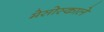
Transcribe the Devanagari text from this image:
मेसोस्काले